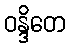
ဝန္ဒိတေ